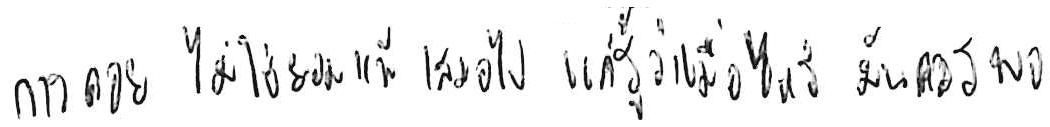
การถอย ไม่ใช่ยอมแพ้ เสมอไป แค่รู้ว่าเมื่อไหร่ มันควรพอ